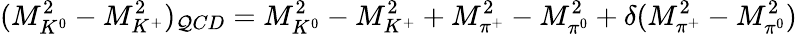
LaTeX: (M_{K^{0}}^{2}-M_{K^{+}}^{2})_{\mathcal{Q}CD}=M_{K^{0}}^{2}-M_{K^{+}}^{2}+M_{\pi^{+}}^{2}-M_{\pi^{0}}^{2}+\delta(M_{\pi^{+}}^{2}-M_{\pi^{0}}^{2})